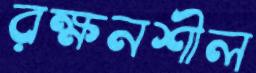
রক্ষনশীল